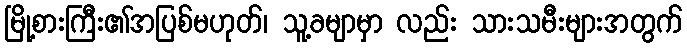
မြို့စားကြီး၏အပြစ်မဟုတ်၊ သူ့ခမျာမှာ လည်း သားသမီးများအတွက်